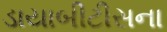
ડાયાબીટીસના